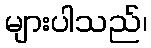
များပါသည်၊